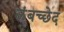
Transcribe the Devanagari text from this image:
लंबच्छेद